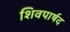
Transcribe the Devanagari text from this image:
शिवपार्षद